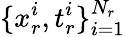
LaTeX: \{ x_{r}^{i},t_{r}^{i}\} _{i=1}^{N_{r}}